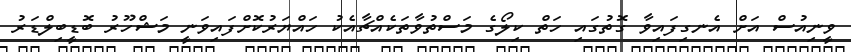
ވީނިއުސް އަށް އެނގިފައިވާ ގޮތުގައި ހަތް ކިލޯގެ މަސްތުވާތަކެއްޗާއެކު ހައްޔަރުކޮށްފައިވަނީ މަޝްހޫރު ބޮޑީބިލްޑަރު